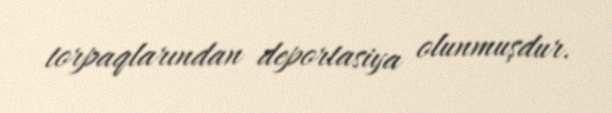
torpaqlarından deportasiya olunmuşdur.